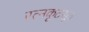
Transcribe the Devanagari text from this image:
रत्नकूटसूत्र